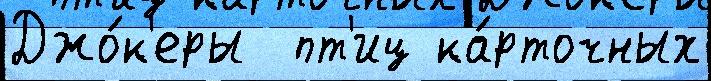
Джо́к'еры  пт'иц ка́рточных